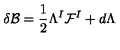
\delta { \cal B } = \frac 1 2 \Lambda ^ { I } { \cal F } ^ { I } + d \Lambda